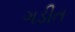
ગડીત